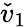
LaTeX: \check{v}_{1}